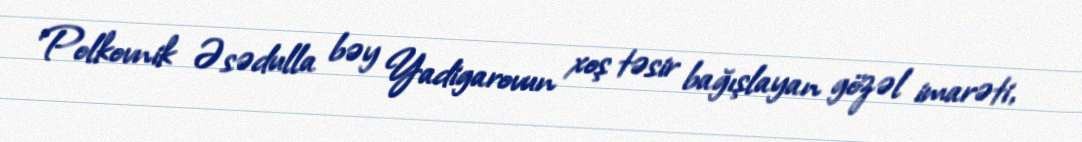
Polkovnik Əsədulla bəy Yadigarovun xoş təsir bağışlayan gözəl imarəti,